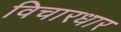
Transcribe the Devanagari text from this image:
विचारधार